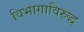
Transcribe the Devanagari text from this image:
विभागाविरुद्ध